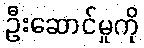
ဦးဆောင်မှုကို